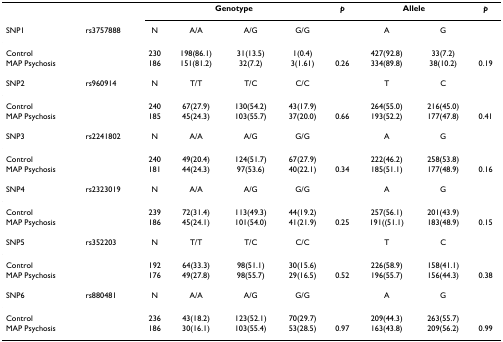
<table><thead><tr><td></td><td></td><td colspan="4"><b>Genotype</b></td><td><b><i>p</i></b></td><td colspan="2"><b>Allele</b></td><td><b><i>p</i></b></td></tr><tr><td><b>SNP1</b></td><td><b>rs3757888</b></td><td><b>N</b></td><td><b>A/A</b></td><td><b>A/G</b></td><td><b>G/G</b></td><td></td><td><b>A</b></td><td><b>G</b></td><td></td></tr></thead><tbody><tr><td>Control</td><td></td><td>230</td><td>198(86.1)</td><td>31(13.5)</td><td>1(0.4)</td><td></td><td>427(92.8)</td><td>33(7.2)</td><td></td></tr><tr><td>MAP Psychosis</td><td></td><td>186</td><td>151(81.2)</td><td>32(7.2)</td><td>3(1.61)</td><td>0.26</td><td>334(89.8)</td><td>38(10.2)</td><td>0.19</td></tr><tr><td>SNP2</td><td>rs960914</td><td>N</td><td>T/T</td><td>T/C</td><td>C/C</td><td></td><td>T</td><td>C</td><td></td></tr><tr><td>Control</td><td></td><td>240</td><td>67(27.9)</td><td>130(54.2)</td><td>43(17.9)</td><td></td><td>264(55.0)</td><td>216(45.0)</td><td></td></tr><tr><td>MAP Psychosis</td><td></td><td>185</td><td>45(24.3)</td><td>103(55.7)</td><td>37(20.0)</td><td>0.66</td><td>193(52.2)</td><td>177(47.8)</td><td>0.41</td></tr><tr><td>SNP3</td><td>rs2241802</td><td>N</td><td>A/A</td><td>A/G</td><td>G/G</td><td></td><td>A</td><td>G</td><td></td></tr><tr><td>Control</td><td></td><td>240</td><td>49(20.4)</td><td>124(51.7)</td><td>67(27.9)</td><td></td><td>222(46.2)</td><td>258(53.8)</td><td></td></tr><tr><td>MAP Psychosis</td><td></td><td>181</td><td>44(24.3)</td><td>97(53.6)</td><td>40(22.1)</td><td>0.34</td><td>185(51.1)</td><td>177(48.9)</td><td>0.16</td></tr><tr><td>SNP4</td><td>rs2323019</td><td>N</td><td>A/A</td><td>A/G</td><td>G/G</td><td></td><td>A</td><td>G</td><td></td></tr><tr><td>Control</td><td></td><td>239</td><td>72(31.4)</td><td>113(49.3)</td><td>44(19.2)</td><td></td><td>257(56.1)</td><td>201(43.9)</td><td></td></tr><tr><td>MAP Psychosis</td><td></td><td>186</td><td>45(24.1)</td><td>101(54.0)</td><td>41(21.9)</td><td>0.25</td><td>191((51.1)</td><td>183(48.9)</td><td>0.15</td></tr><tr><td>SNP5</td><td>rs352203</td><td>N</td><td>T/T</td><td>T/C</td><td>C/C</td><td></td><td>T</td><td>C</td><td></td></tr><tr><td>Control</td><td></td><td>192</td><td>64(33.3)</td><td>98(51.1)</td><td>30(15.6)</td><td></td><td>226(58.9)</td><td>158(41.1)</td><td></td></tr><tr><td>MAP Psychosis</td><td></td><td>176</td><td>49(27.8)</td><td>98(55.7)</td><td>29(16.5)</td><td>0.52</td><td>196(55.7)</td><td>156(44.3)</td><td>0.38</td></tr><tr><td>SNP6</td><td>rs880481</td><td>N</td><td>A/A</td><td>A/G</td><td>G/G</td><td></td><td>A</td><td>G</td><td></td></tr><tr><td>Control</td><td></td><td>236</td><td>43(18.2)</td><td>123(52.1)</td><td>70(29.7)</td><td></td><td>209(44.3)</td><td>263(55.7)</td><td></td></tr><tr><td>MAP Psychosis</td><td></td><td>186</td><td>30(16.1)</td><td>103(55.4)</td><td>53(28.5)</td><td>0.97</td><td>163(43.8)</td><td>209(56.2)</td><td>0.99</td></tr></tbody></table>